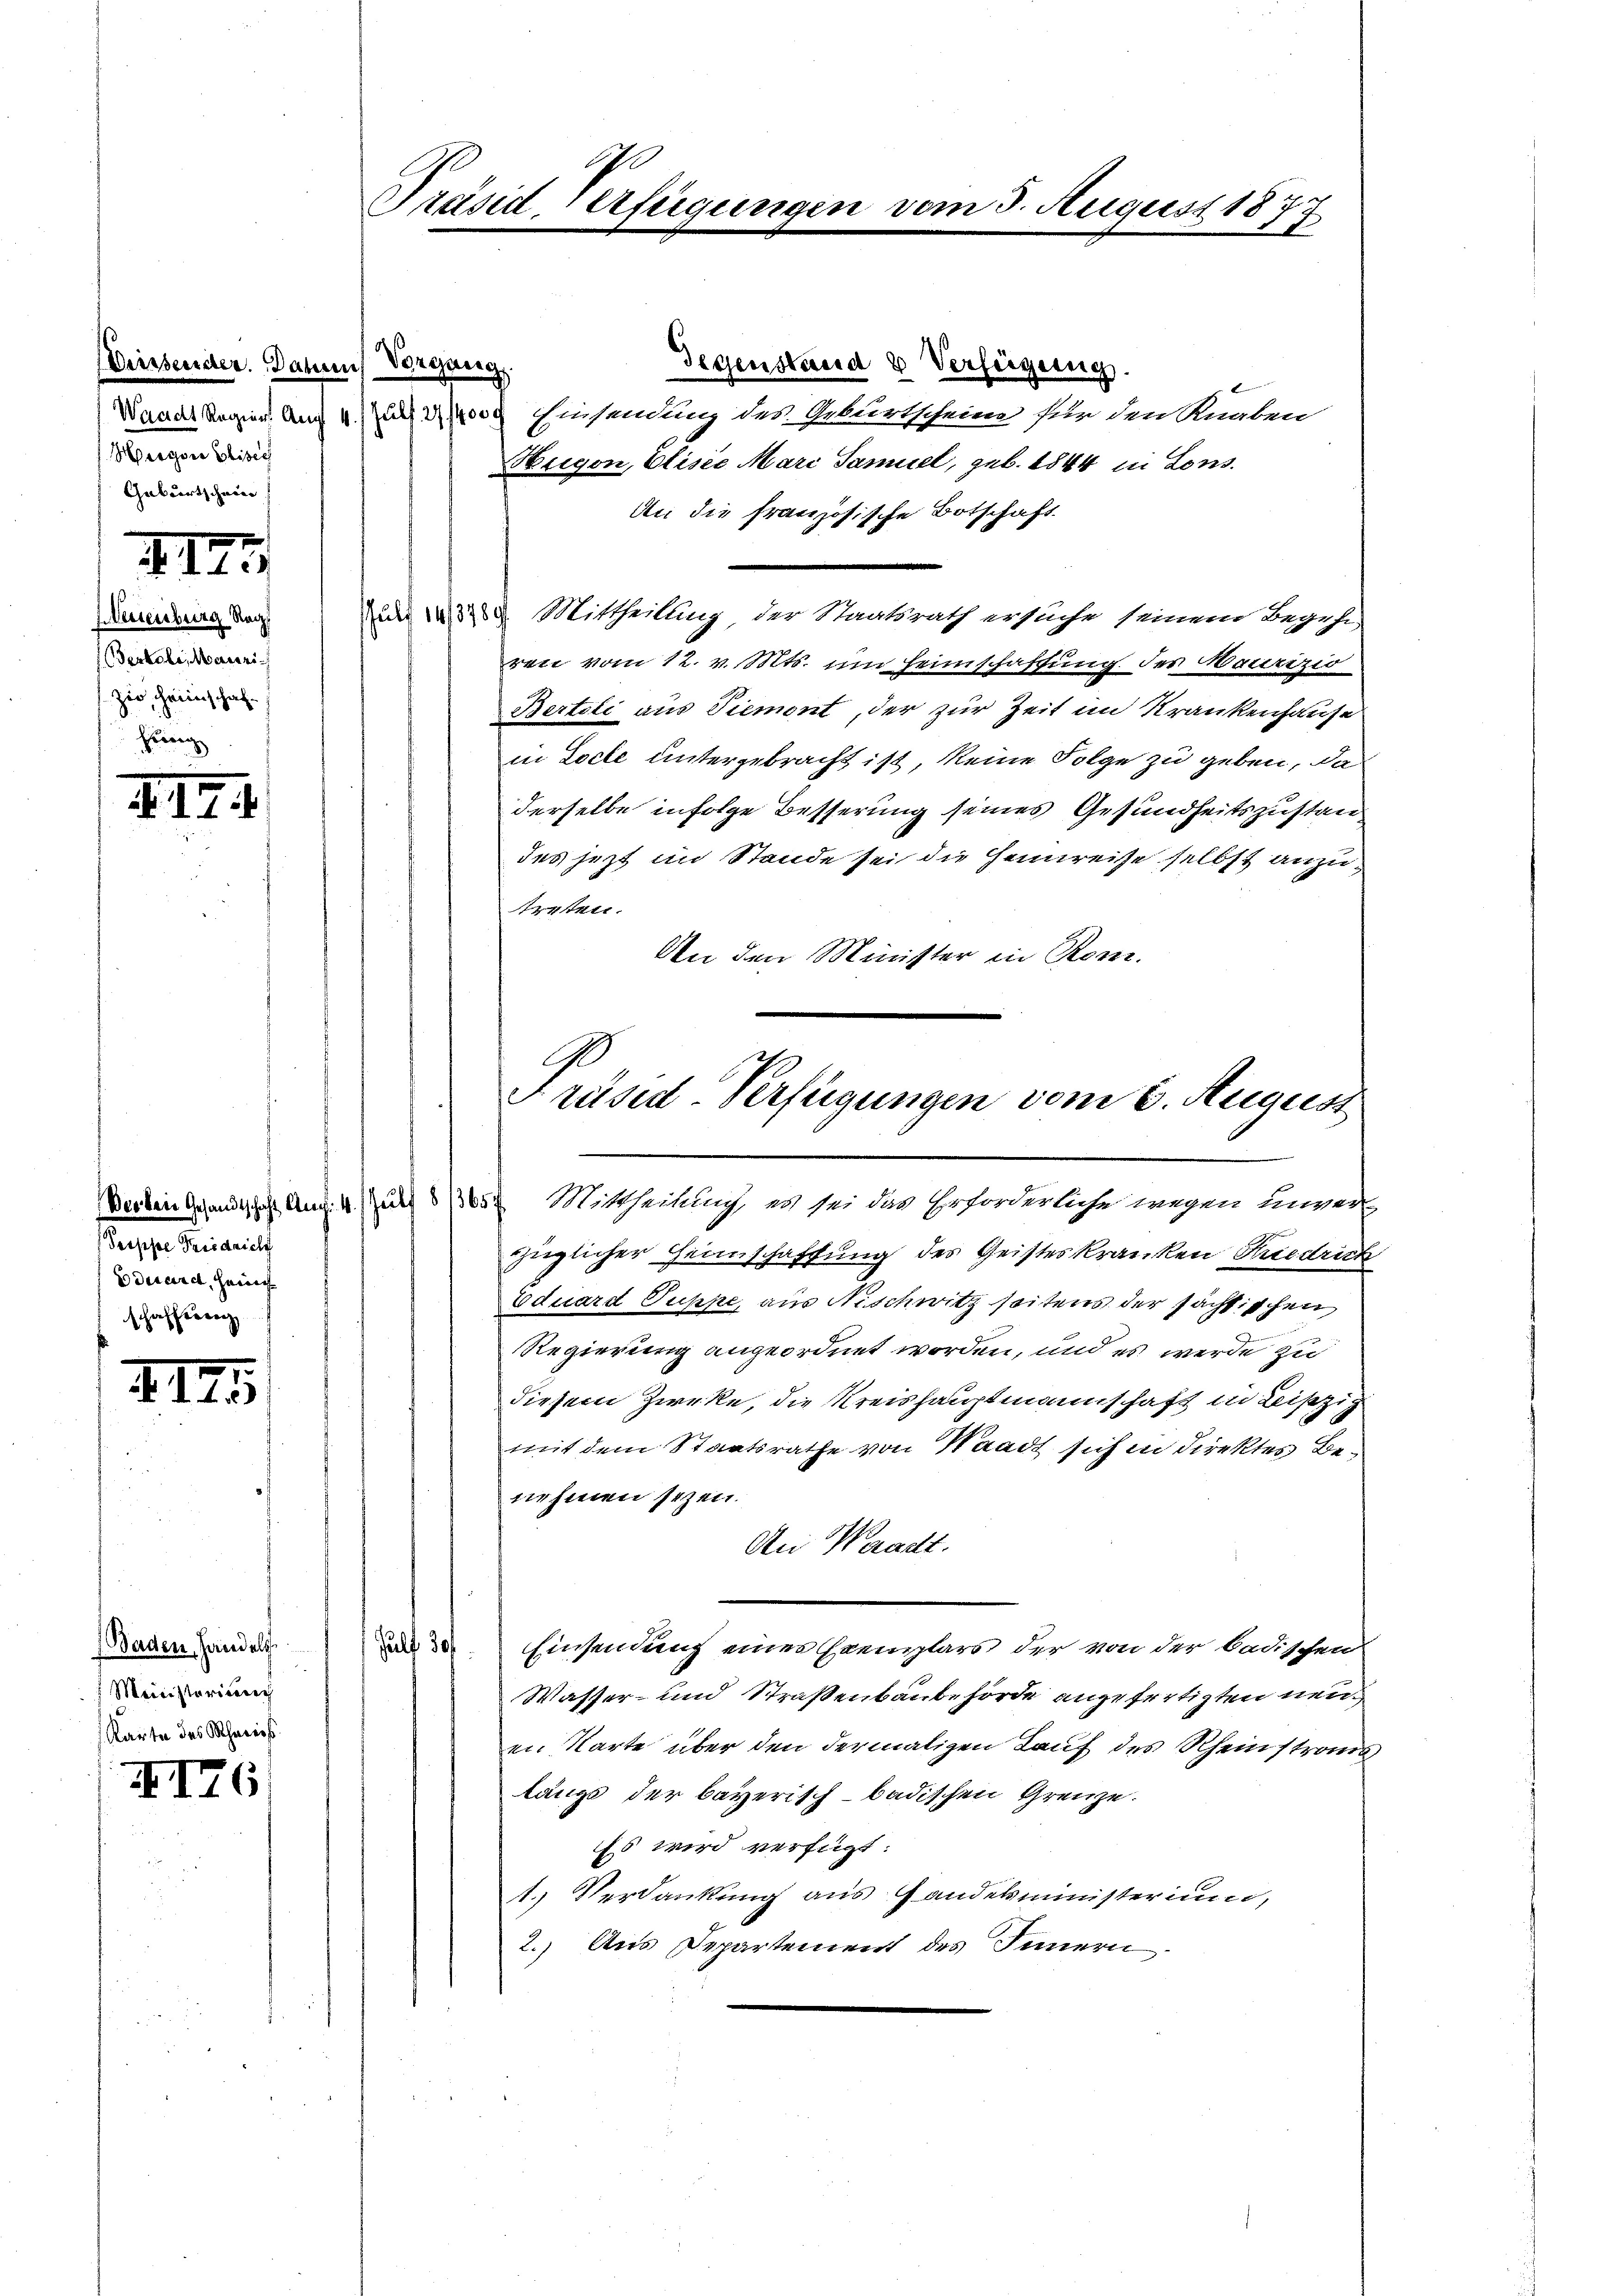
Viessender. Dahin Vorgang,
Hergare Eliser
Geburtschein

II

Neuenburg Nag
Ferkole, Marienizio, heimschaf¬

III 4

Prophe Friedrich
Edesard, hei
schaffteren

III

(Baden Handels
Meinisteriurg
Karte des Schweis

II76

Gegenstand & Verfügung
Wandes Regien auf 4. Einsendung des Geburtscheine für den Rauben
Hugen, Elisie Mari Samuel, geb. 1844 in Lons.
An die französische Botschaft
 328. Mittheilung der Staatsrath ersuche seinem Begehe
ren vom 12. v. Mts. um Heimschaffung der Maurizio
Bertoli aus Tiemont, der zur Zeit im Krankenhause
in Loche untergebracht ist, keine Folge zu geben, da
derselbe infolge Besserung seines Gesundheitszustan
des jezt im Stande sei die Heinreise selbst anzutreten.
An den Minister in Ron.

Präsid-Verfügungen

züglicher Heimschaffung des Geisteskranken Friedrich
Eduard Suppe, aus Nischwitz seitens der sächsischen
Regierung angeordnet worden, und es werde zu
diesem Zwecke, die Kreishauptmannschaft in Bisezig
mit dem Staatsrathe von Waadt sich in direktes Benehmen sezen.
An Waadt.
Jult 30
Einsendung eines Exemplars der von der badischen
Wasser- und Straßenbaubehörde angefertigten neuen Karte über den dermaligen Tauf des Rheinstrans
längs der bayerisch-badischen Grenze.
Es wird verfügt:
1. Verdankung aus Handekministerium,
2.) Aus Departement des Innern

vom 3. August 1877

Präsid-Verfügungen vom 2. August
Werken gesandtschaft Aug. 4. Jul. 835 Mittheillach, es sei das Erforderliche wegen inner